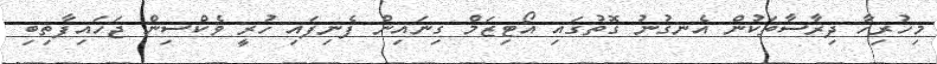
މިހުރިހާ ދިރާސާތަކުން އެނގުނު ގޮތުގައި އޯޓިޒަމް ގިނައިން ފެނިފައި ހުރީ ވެކްސިން ޖަހައިފާތިބި